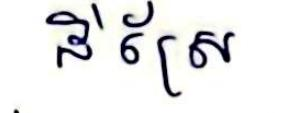
ដីស្រែ